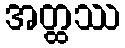
အတ္ထဿ